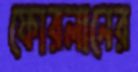
ফোরলানের